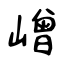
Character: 嶒